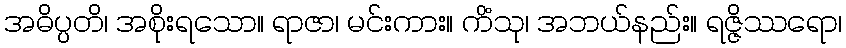
အဓိပ္ပတိ၊ အစိုးရသော။ ရာဇာ၊ မင်းကား။ ကိံသု၊ အဘယ်နည်း။ ရဇ္ဇိဿရော၊